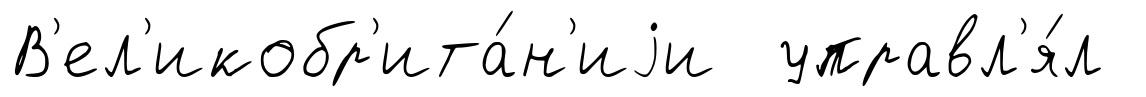
В'ел'икобр'ита́н'иjи управл'я́л